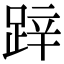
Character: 𨁅